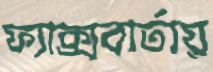
ফ্যাক্সবার্তায়